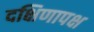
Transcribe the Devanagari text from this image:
दक्षिणापक्ष